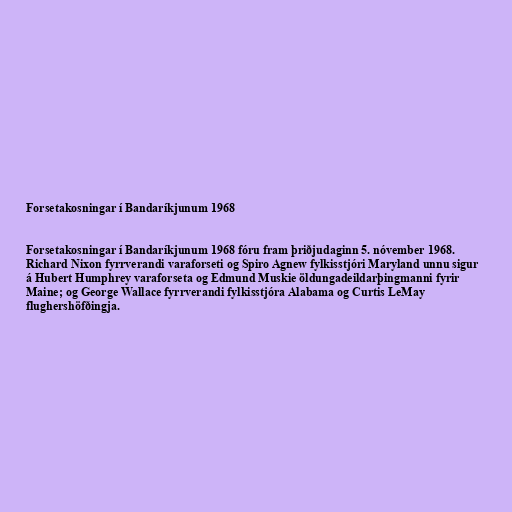
Forsetakosningar í Bandaríkjunum 1968

Forsetakosningar í Bandaríkjunum 1968 fóru fram þriðjudaginn 5. nóvember 1968.
Richard Nixon fyrrverandi varaforseti og Spiro Agnew fylkisstjóri Maryland unnu sigur
á Hubert Humphrey varaforseta og Edmund Muskie öldungadeildarþingmanni fyrir
Maine; og George Wallace fyrrverandi fylkisstjóra Alabama og Curtis LeMay
flughershöfðingja.